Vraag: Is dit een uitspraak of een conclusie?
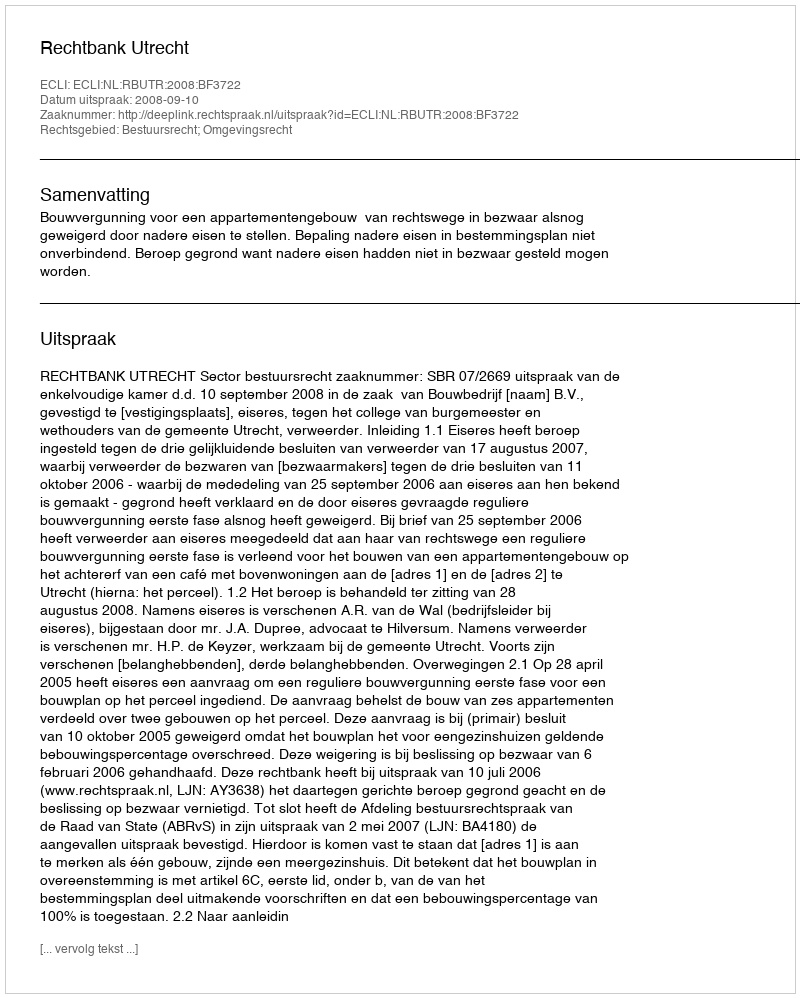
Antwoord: Uitspraak